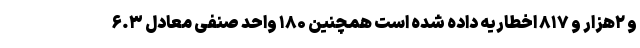
و ۲هزار و ۸۱۷ اخطاریه داده شده است همچنین ۱۸۰ واحد صنفی معادل ۶.۳